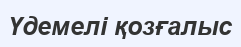
Үдемелі қозғалыс